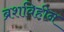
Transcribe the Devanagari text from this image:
ब्रशविहीन